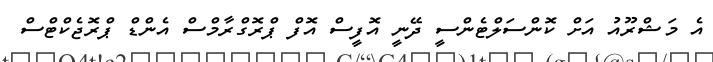
އެ މަޝްރޫއު އަށް ކޮންސަލްޓެންސީ ދޭނީ އޮފީސް އޮފް ޕްރޮގްރާމްސް އެންޑް ޕްރޮޖެކްޓްސް